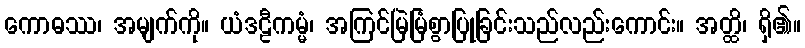
ကောဓဿ၊ အမျက်ကို။ ယံဒဠီကမ္မံ၊ အကြင်မြဲမြံစွာပြုခြင်းသည်လည်းကောင်း။ အတ္ထိ၊ ရှိ၏။